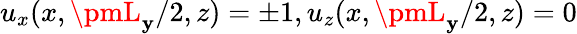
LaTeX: u_{x}(x,\pmL_{\mathbf{y}}/2,z)=\pm1,u_{z}(x,\pmL_{\mathbf{y}}/2,z)=0